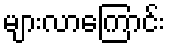
များလာကြောင်း